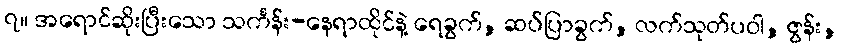
၇။ အရောင်ဆိုးပြီးသော သင်္ကန်း-နေရာထိုင်နဲ့ ရေခွက်, ဆပ်ပြာခွက်, လက်သုတ်ပဝါ, ဇွန်း,